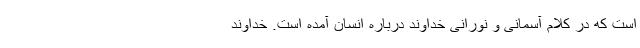
است که در کلام آسمانی و نورانی خداوند درباره انسان آمده است. خداوند